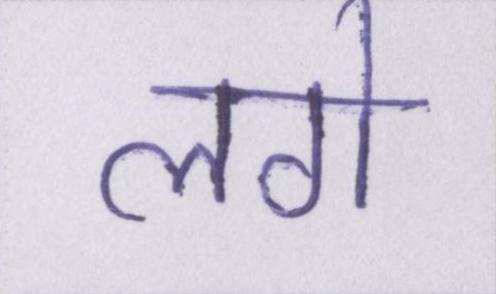
लगे